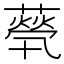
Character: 𦽓